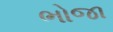
ભોજા